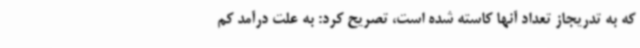
که به تدریجاز تعداد آنها کاسته شده است، تصریح کرد: به علت درآمد کم